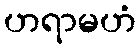
ဟရာမဟံ